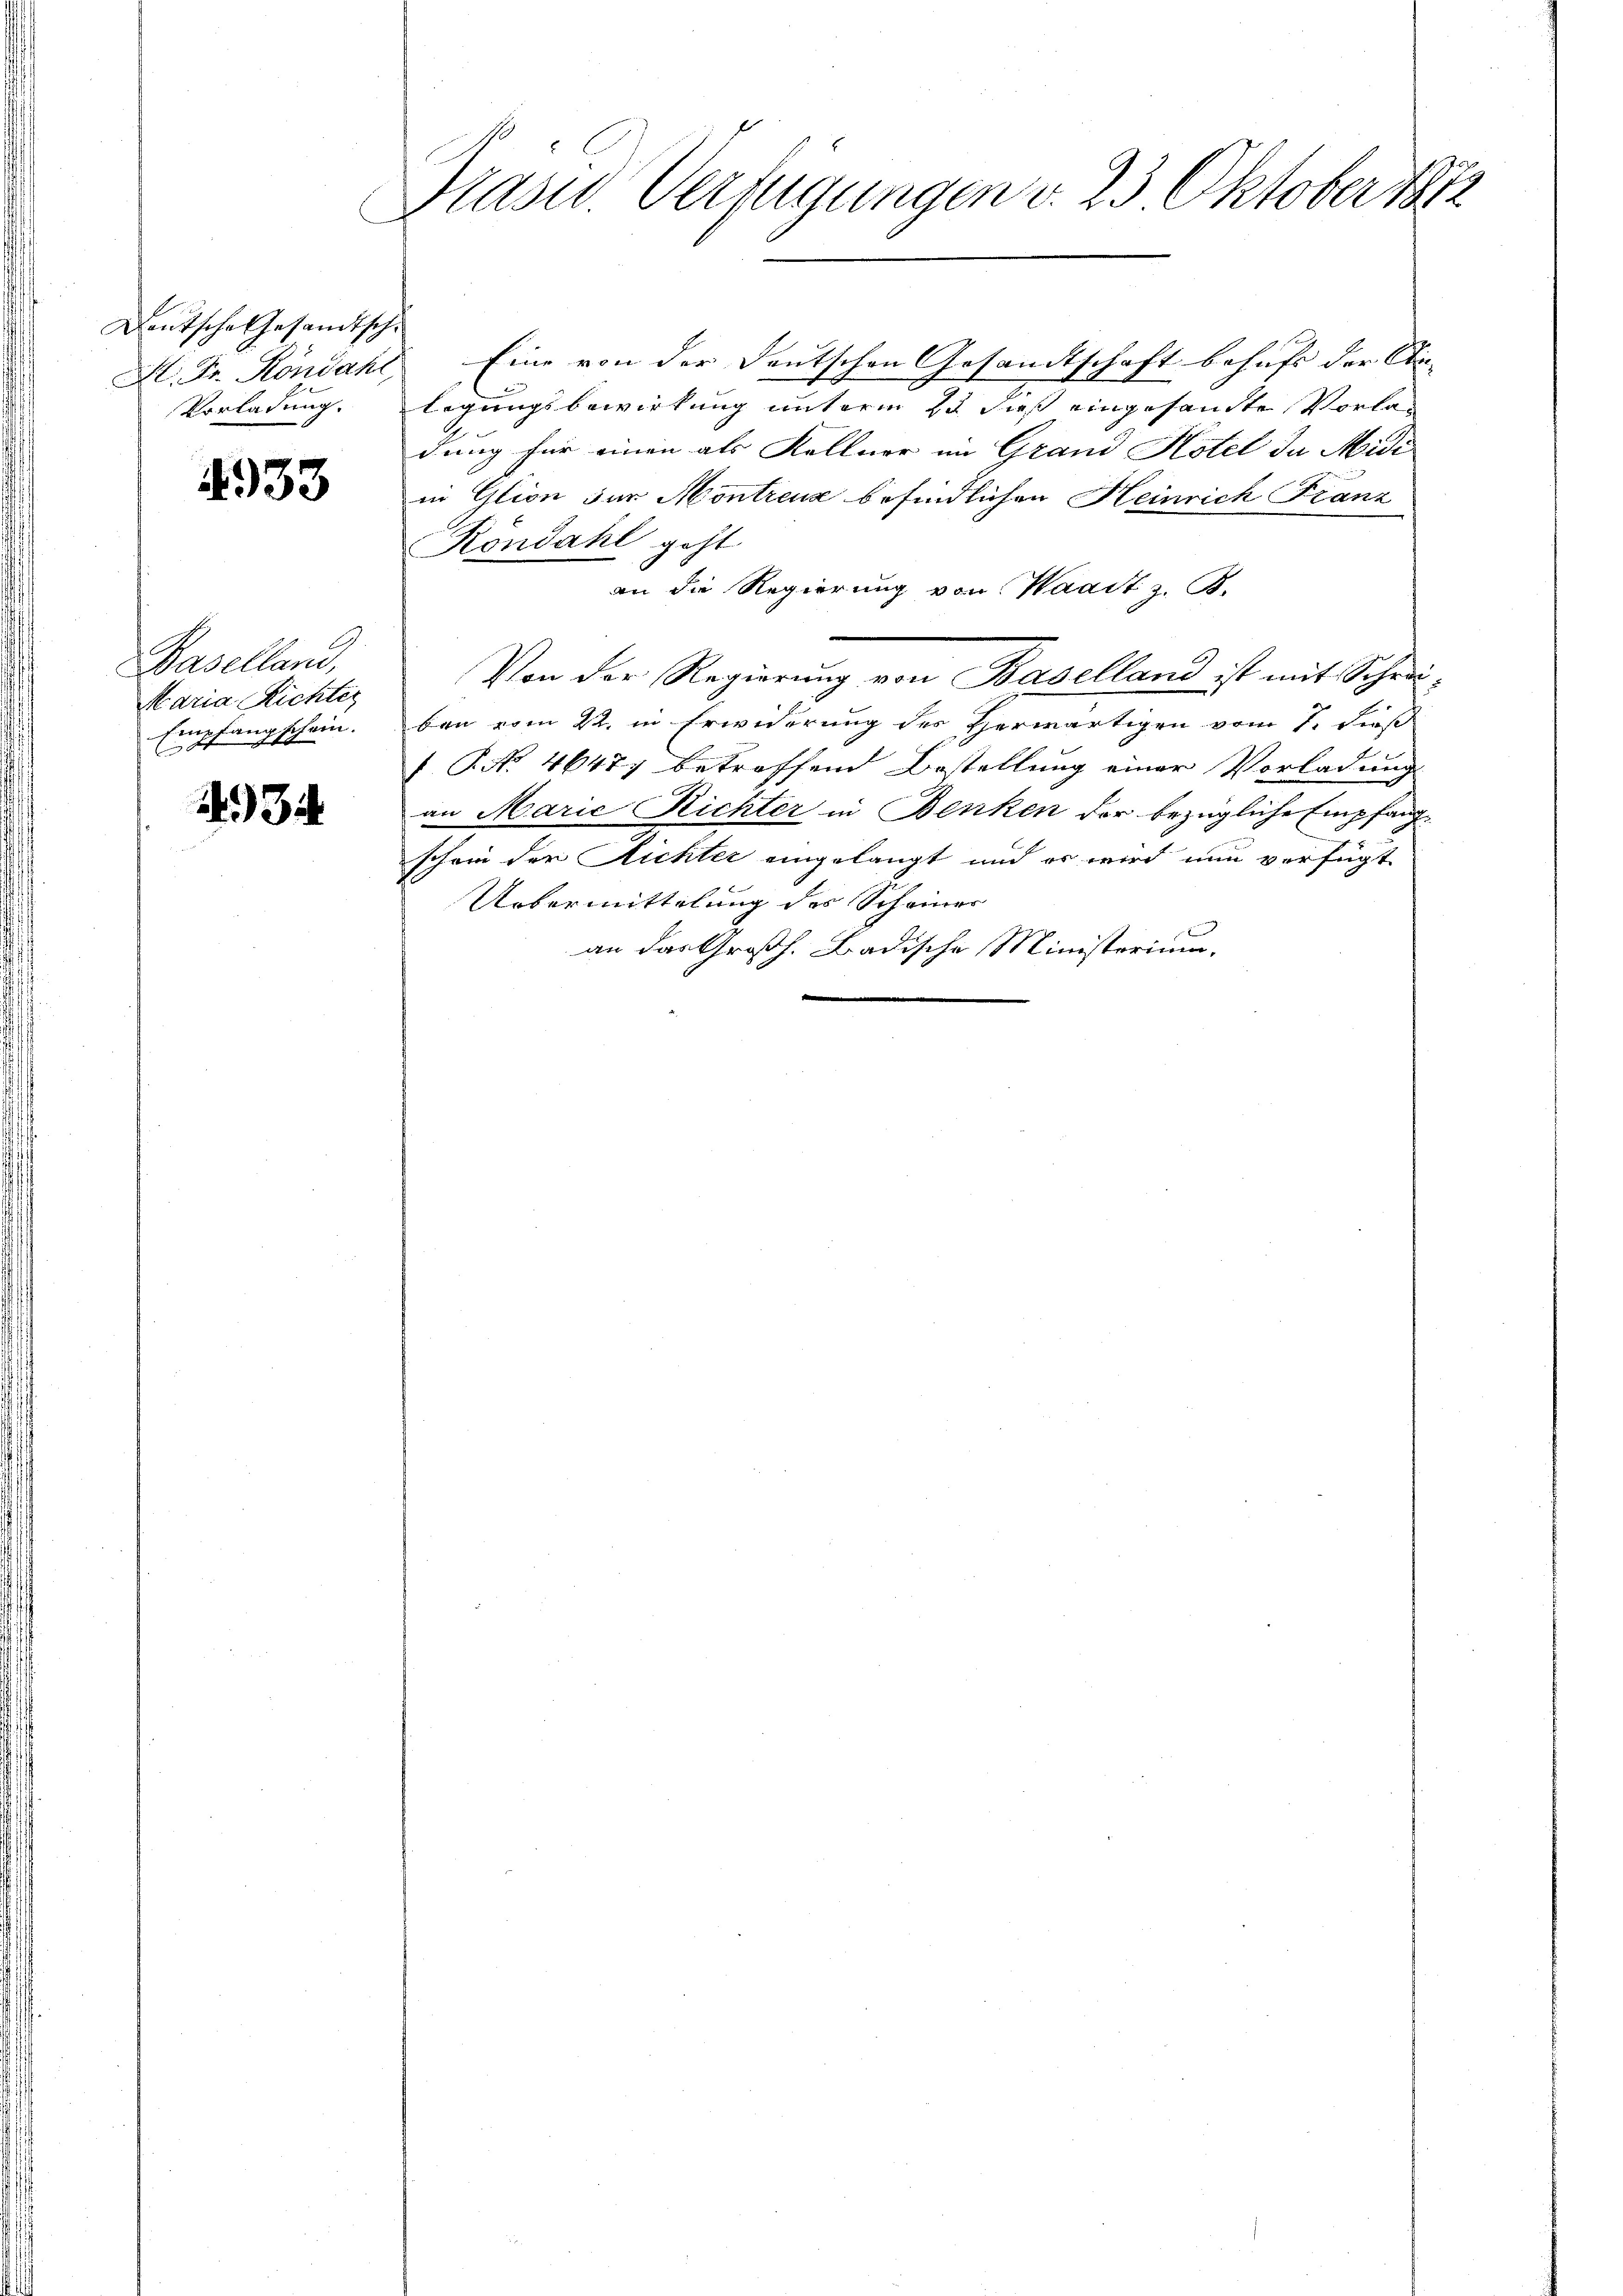
Deutsche Gesandtsch
Vorladung.

4333

Baselland,
Maria Richter
Empfangschein.

434

Prasw. Verfügungen v. 23 Oktober 1872

A. Fr. Köndahl Eine von der Deutschen Gesandtschaft behufs der Stilegungsbewirkung unterm 23 dieß eingesandte Vorladung für einen als Kellner im Grand Hotel da Midi
in Glion der Montreuz befindlichen Heinrich Franz
Köndahl geht
an die Regierung von Waadt z. B.
Von der Regierung von Baselland ist mit Schreiben vom 22. in Erwiderung des Herwärtigen vom 7. dieß
 P. No. 46477 betroffend Bestellung einer Vorladung
an Marie Richter in Benken der bezügliche Empfang
2
schon der Richter eingelangt und er wird nun verfügt
Uebermittelung des Scheiner
an das Großh. Badische Ministorium.